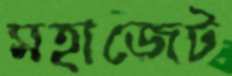
মহাজেট